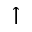
\uparrow